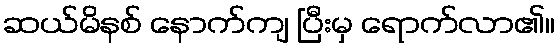
ဆယ်မိနစ် နောက်ကျ ပြီးမှ ရောက်လာ၏။